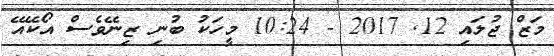
މަޒް ޖުލައި 12